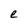
Character: e